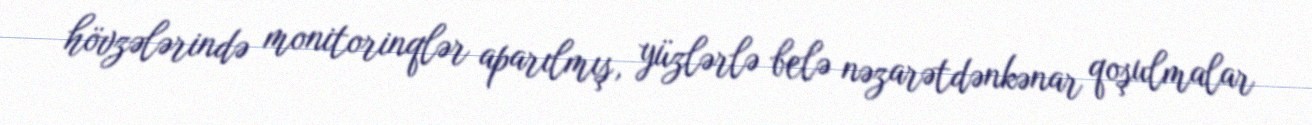
hövzələrində monitorinqlər aparılmış, yüzlərlə belə nəzarətdənkənar qoşulmalar